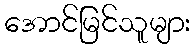
အောင်မြင်သူများ